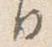
日